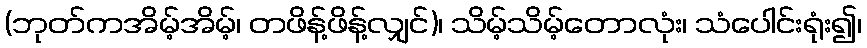
(ဘုတ်ကအိမ့်အိမ့်၊ တဖိန့်ဖိန့်လျှင်)၊ သိမ့်သိမ့်တောလုံး၊ သံပေါင်းရုံး၍၊